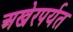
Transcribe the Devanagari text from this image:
अखेरपर्यत